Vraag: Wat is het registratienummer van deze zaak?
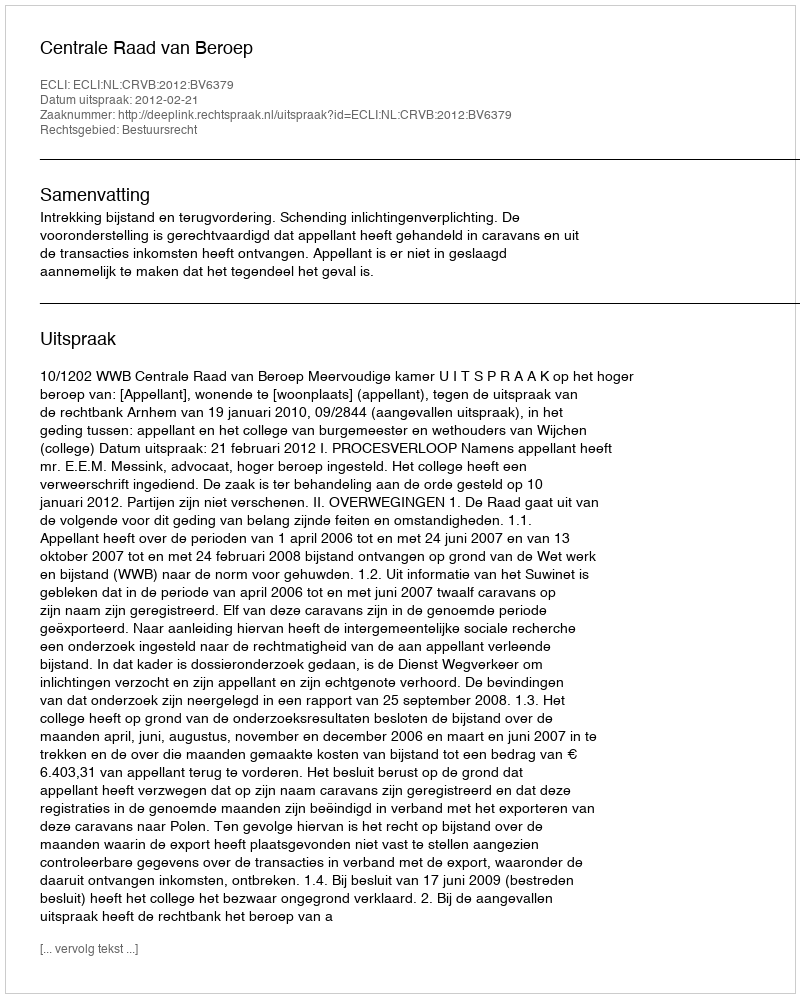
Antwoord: http://deeplink.rechtspraak.nl/uitspraak?id=ECLI:NL:CRVB:2012:BV6379